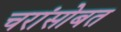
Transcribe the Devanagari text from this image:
चरांसोबत